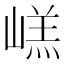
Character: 㟱